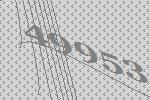
49953